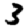
Digit: 3